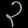
Digit: ၃